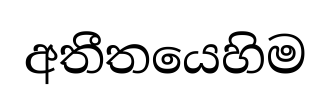
අතීතයෙහිම